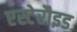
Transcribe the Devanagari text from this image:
एस्टेरौइड